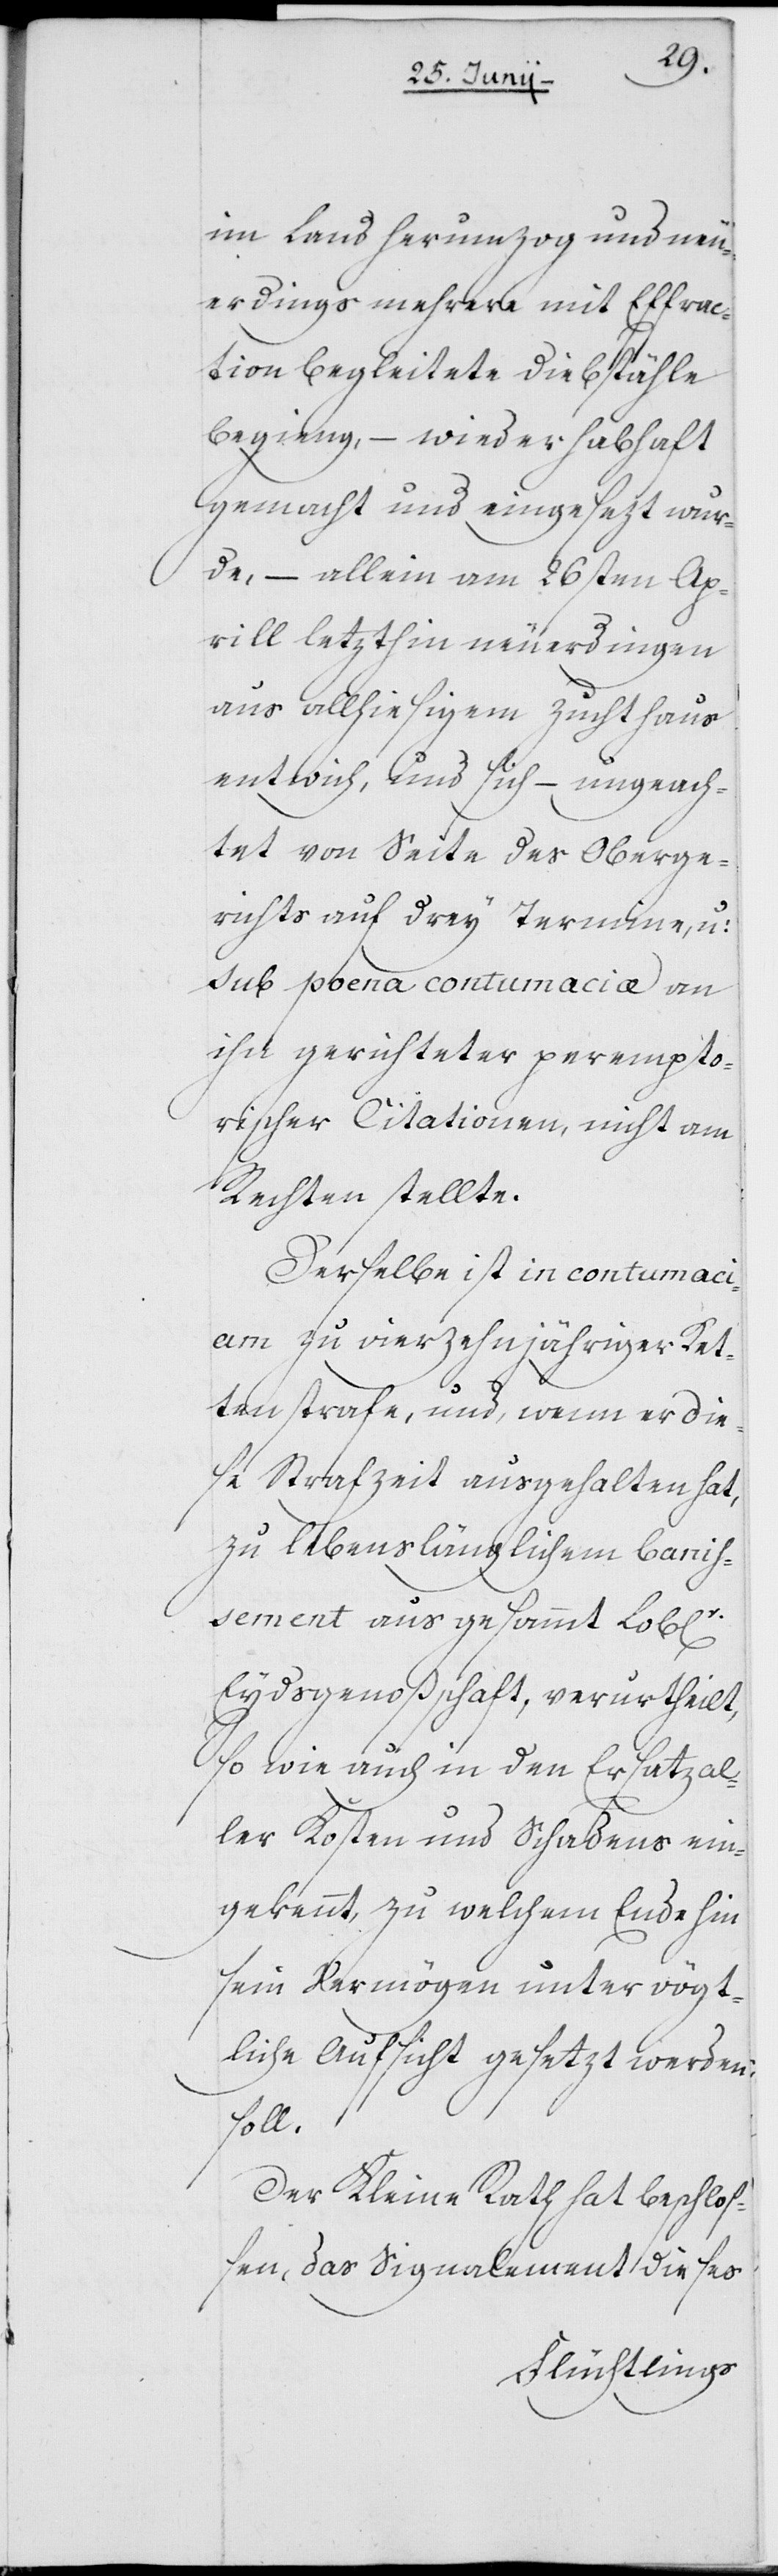
im Land herumzog und neu¬
erdings mehrere mit Effrac¬
tion begleitete Diebstähle
begieng, – wieder habhaft
gemacht und eingesezt wur¬
de, – allein am 26sten Ap¬
rill letzthin neuerdingen
aus allhiesigem Zuchthaus
entwich, und sich, – ungeach¬
tet von Seite des Oberge¬
richts auf drey Termine, u:
sub poena contumaciæ an
ihn gerichteter perempto¬
rischer Citationen, nicht am
Rechten stellte.
Derselbe ist in contumaci¬
am zu vierzehnjähriger Ket¬
tenstrafe, und, wenn er die¬
se Strafzeit ausgehalten hat,
zu lebenslänglichem banis¬
sement aus gesammt Lobl[icher]
Eydsgenoßschaft, verurtheilt,
so wie auch in den Ersatz al¬
ler Kosten und Schadens ein¬
gekennt, zu welchem Ende hin
sein Vermögen unter vögt¬
liche Aufsicht gesetzt werden
soll.
Der Kleine Rath hat beschloß¬
en, das Signalement dieses